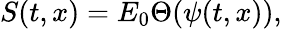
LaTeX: S(t,x)=E_{0}\Theta(\psi(t,x)),